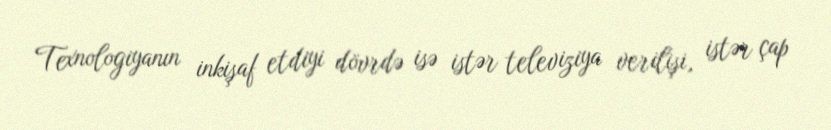
Texnologiyanın inkişaf etdiyi dövrdə isə istər televiziya verilişi, istər çap